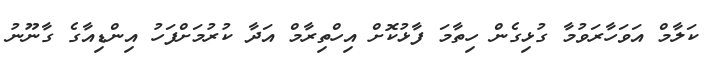
ކަލާމް އަވަހާރަވުމާ ގުޅިގެން ހިތާމަ ފާޅުކޮށް އިހްތިރާމް އަދާ ކުރުމަށްފަހު އިންޑިއާގެ ގާނޫނު